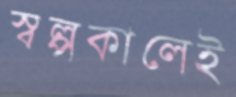
স্বল্পকালেই